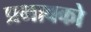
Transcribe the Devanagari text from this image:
प्रभावको